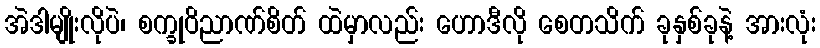
အဲဒါမျိုးလိုပဲ၊ စက္ခုဝိညာဏ်စိတ် ထဲမှာလည်း ဟောဒီလို စေတသိက် ခုနှစ်ခုနဲ့ အားလုံး